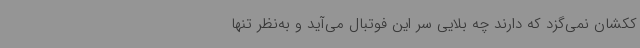
ککشان نمی‌گزد که دارند چه بلایی سر این فوتبال می‌آید و به‌نظر تنها